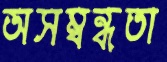
অসম্বন্ধতা